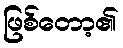
ဖြစ်တော့၏